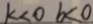
k < 0 b < 0